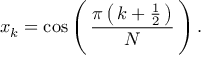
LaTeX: x _ { k } = \cos \left( \, { \frac { \pi \left( \, k + { \frac { 1 } { 2 } } \, \right) } { N } } \, \right) .